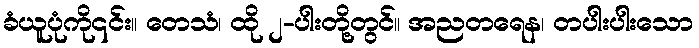
ခံယူပုံကို၎င်း။ တေသံ၊ ထို ၂-ပါးတို့တွင်။ အညတရေန၊ တပါးပါးသော